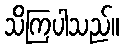
သိကြပါသည်။